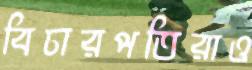
বিচারপতিরাও